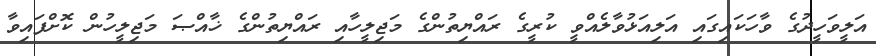
އަލީވަހީދުގެ ވާހަކައިގައި އަލިއަޅުވާލެއްވީ ކުރީގެ ރައްޔިތުންގެ މަޖިލީހާއި ރައްޔިތުންގެ ޚާއްޞަ މަޖިލީހުން ކޮށްފައިވާ